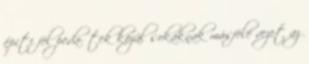
építi fel peda- tek közül sokaknak másfelé vezet az